Vaccination in Burma 1920-1933 - 1920-1933
Year: 1920
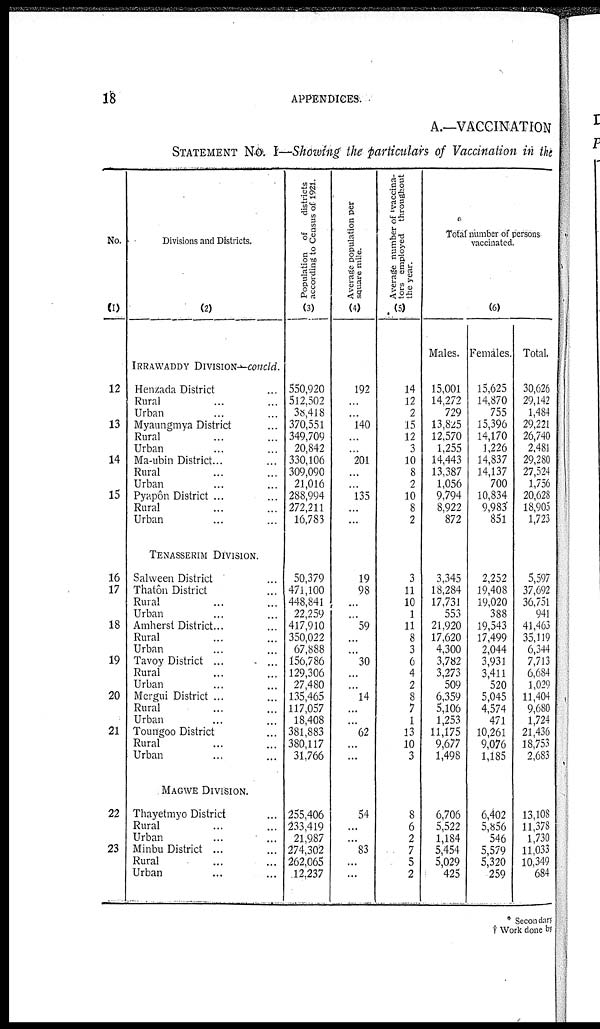
18
APPENDICES.
A.—VACCINATION
STATEMENT No. I—Showing the particulars of Vaccination in the
No.
(1)
12
13
14
15
16
17
18
19
20
21
22
23
Divisions and Districts.
(2)
IRRAWADDY DIVISION—concld.
Henzada District... ... ...
Rural... ...
Urban... ...
Myaungmya District...
Rural... ...
Urban... ...
Ma-ubin District...
Rural... ...
Urban... ...
Pyapôn District ...
Rural...
Urban...
TENASSERIM DIVISION.
Salween District...
Thatôn District...
Rural...
Urban...
Amherst District...
Rural... ...
Urban... ...
Tavoy District ... ...
Rural...
Urban... ...
Mergui District ...
Rural... ...
Urban... ...
Toungoo District...
Rural... ...
Urban... ...
MAGWE DIVISION.
Thayetmyo District... ...
Rural... ...
Urban... ...
Minbu District ...
Rural... ...
Urban... ...
Population of
districts
according to Census of 1921.
(3)
550,920
512,502
38,418
370,551
349,709
20,842
330,106
309,090
21,016
288,994
272,211
16,783
50,379
471,100
448,841
22,259
417,910
350,022
67,888
156,786
129,306
27,480
135,465
117,057
18,408
381,883
380,117
31,766
255,406
233,419
21,987
274,302
262,065
12,237
Average population per
square mile.
(4)
192
...
...
140
...
...
201
...
...
135
...
...
19
98
...
...
59
...
...
30
...
...
14
...
...
62
...
...
54
...
...
83
...
...
Average number of vaccina-
tors employed throughout
the year.
(5)
14
12
2
15
12
3
10
8
2
10
8
2
3
11
10
1
11
8
3
6
4
2
8
7
1
13
10
3
8
6
2
7
5
2
Total number of persons
vaccinated.
(6)
Males.
15,001
14,272
729
13,825
12,570
1,255
14,443
13,387
1,056
9,794
8,922
872
3,345
18,284
17,731
553
21,920
17,620
4,300
3,782
3,273
509
6,359
5,106
1,253
11,175
9,677
1,498
6,706
5,522
1,184
5,454
5,029
425
Females.
15,625
14,870
755
15,396
14,170
1,226
14,837
14,137
700
10,834
9,983
851
2,252
19,408
19,020
388
19,543
17,499
2,044
3,931
3,411
520
5,045
4,574
471
10,261
9,076
1,185
6,402
5,856
546
5,579
5,320
259
Total.
30,626
29,142
1,484
29,221
26,740
2,481
29,280
27,524
1,756
20,628
18,905
1,723
5,597
37,692
36,751
941
41,463
35,119
6,344
7,713
6,684
1,029
11,404
9,680
1,724
21,436
18,753
2,683
13,108
11,378
1,730
11,033
10,349
684
* Secondary
† Work done by